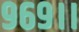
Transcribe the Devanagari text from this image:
९६९।।